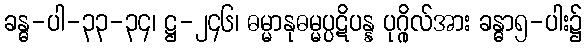
ခန္ဓ-ပါ-၃၃-၃၄၊ ဋ္ဌ-၂၄၆၊ ဓမ္မာနုဓမ္မပ္ပဋိပန္န ပုဂ္ဂိုလ်အား ခန္ဓာ၅-ပါး၌